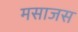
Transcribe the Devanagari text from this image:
मसाजस